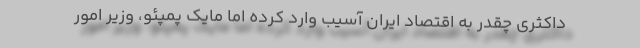
داکثری چقدر به اقتصاد ایران آسیب وارد کرده اما مایک پمپئو، وزیر امور